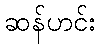
ဆန်ဟင်း